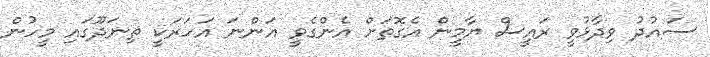
ސައުދު ވިދާޅުވީ ރައީސް ޔާމީން އެގޮތަށް އެންގެވީ އަންނަ އަހަރަކީ ތިނަދޫގައި މީހުން